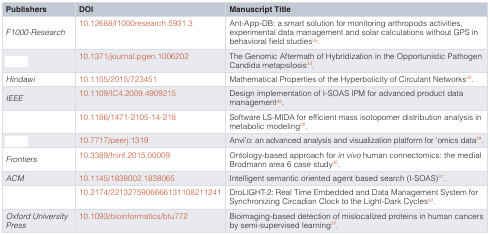
<table><thead><tr><td><b>Publishers</b></td><td><b>DOI</b></td><td><b>Manuscript Title</b></td></tr></thead><tbody><tr><td><i>F1000-Research</i></td><td>10.12688/f1000research.5931.3</td><td>Ant-App-DB: a smart solution for monitoring arthropods activities,experimental data management and solar calculations without GPS inbehavioral field studies<sup>35</sup>.</td></tr><tr><td>[EMPTY_CELL]</td><td>10.1371/journal.pgen.1006202</td><td>The Genomic Aftermath of Hybridization in the Opportunistic PathogenCandida metapsilosis<sup>33</sup>.</td></tr><tr><td><i>Hindawi</i></td><td>10.1155/2015/723451</td><td>Mathematical Properties of the Hyperbolicity of Circulant Networks<sup>34</sup>.</td></tr><tr><td><i>IEEE</i></td><td>10.1109/IC4.2009.4909215</td><td>Design implementation of I-SOAS IPM for advanced product datamanagement<sup>36</sup>.</td></tr><tr><td>[EMPTY_CELL]</td><td>10.1186/1471-2105-14-218</td><td>Software LS-MIDA for efficient mass isotopomer distribution analysis inmetabolic modeling<sup>28</sup>.</td></tr><tr><td>[EMPTY_CELL]</td><td>10.7717/peerj.1319</td><td>Anvi’o: an advanced analysis and visualization platform for ‘omics data<sup>29</sup>.</td></tr><tr><td><i>Frontiers</i></td><td>10.3389/fninf.2015.00009</td><td>Ontology-based approach for<i>in vivo</i> human connectomics: the medialBrodmann area 6 case study<sup>30</sup>.</td></tr><tr><td><i>ACM</i></td><td>10.1145/1838002.1838065</td><td>Intelligent semantic oriented agent based search (I-SOAS)<sup>31</sup>.</td></tr><tr><td>[EMPTY_CELL]</td><td>10.2174/2213275906666131108211241</td><td>DroLIGHT-2: Real Time Embedded and Data Management System forSynchronizing Circadian Clock to the Light-Dark Cycles<sup>32</sup>.</td></tr><tr><td><i>Oxford University</i><i>Press</i></td><td>10.1093/bioinformatics/btu772</td><td>Bioimaging-based detection of mislocalized proteins in human cancersby semi-supervised learning<sup>27</sup>.</td></tr></tbody></table>